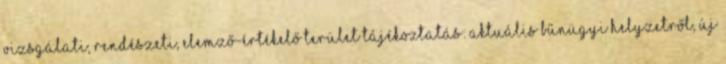
vizsgálati, rendészeti, elemző-értékelő terület Tájékoztatás: aktuális bűnügyi helyzetről, új